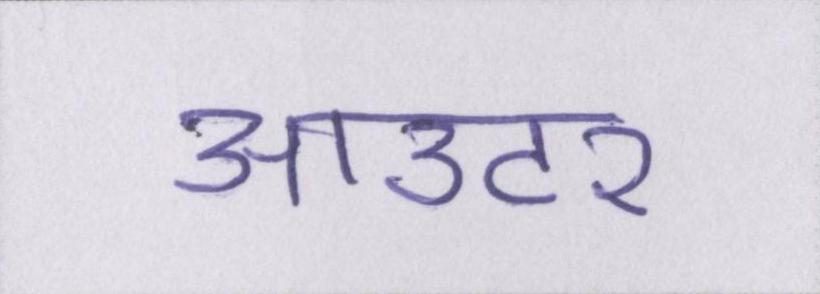
आउटर